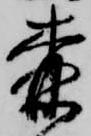
森